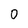
Character: O